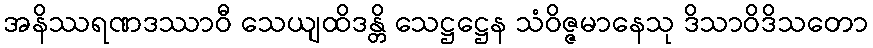
အနိဿရဏဒဿာဝီ သေယျထိဒန္တိ သေဋ္ဌဋ္ဌေန သံဝိဇ္ဇမာနေသု ဒိသာဝိဒိသတော